Report on vaccination North-West Frontier Province 1904-1922 - 1904-1922
Year: 1904
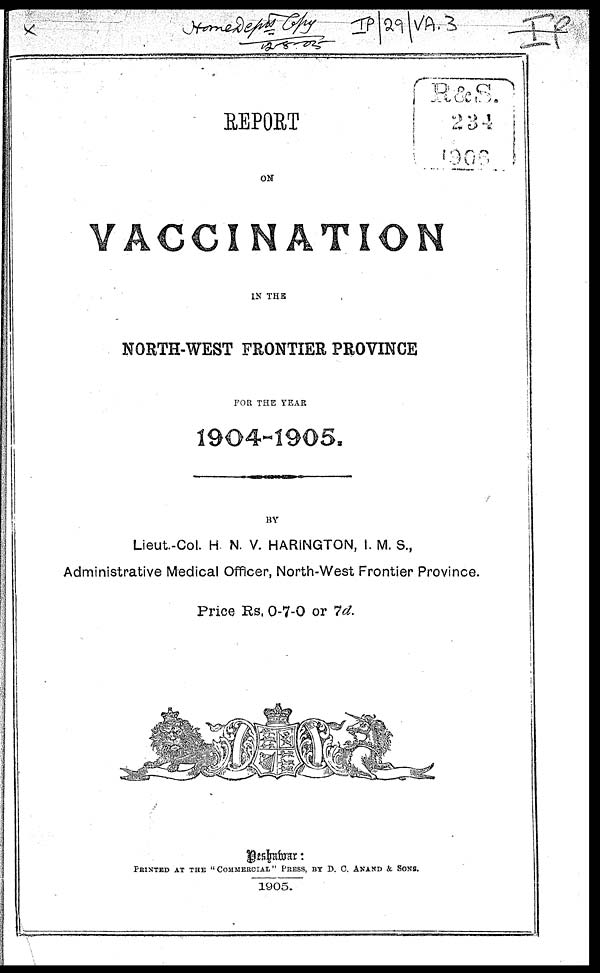
REPORT
ON
VACCINATION
IN THE
NORTH-WEST FRONTIER PROVINCE
FOR THE YEAR
1904-1905.
BY
Lieut.-Col. H. N. V. HARINGTON, I. M. S.,
Administrative Medical Officer, North-West Frontier Province.
Price Rs. 0-7-0 or 7d.
Peshawar:
PRINTED AT THE "COMMERCIAL" PRESS, BY D. C. ANAND & SONS.
1905.